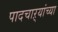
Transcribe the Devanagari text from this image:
पादचाऱ्यांच्या